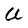
Character: U